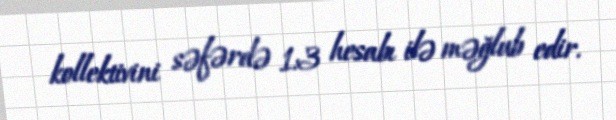
kollektivini səfərdə 1:3 hesabı ilə məğlub edir.